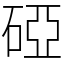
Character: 䃁